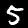
Digit: 5